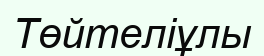
Төйтеліұлы